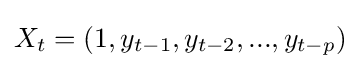
X_{t}=(1,y_{t-1},y_{t-2},...,y_{t-p})